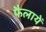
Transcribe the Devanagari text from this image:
फैलायें